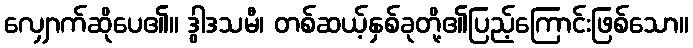
လျှောက်ဆိုပေ၏။ ဒွါဒသမီ၊ တစ်ဆယ့်နှစ်ခုတို့၏ပြည့်ကြောင်းဖြစ်သော။